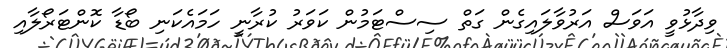
ވިދާޅުވީ އަވަސް އަރުވާލައިގެން ގަތް ސިސްޓަމުން ކަވަރު ކުރާނީ ހަމައެކަނި ބޯޑާ ކޮންޓަރޯލާއި